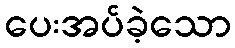
ပေးအပ်ခဲ့သော